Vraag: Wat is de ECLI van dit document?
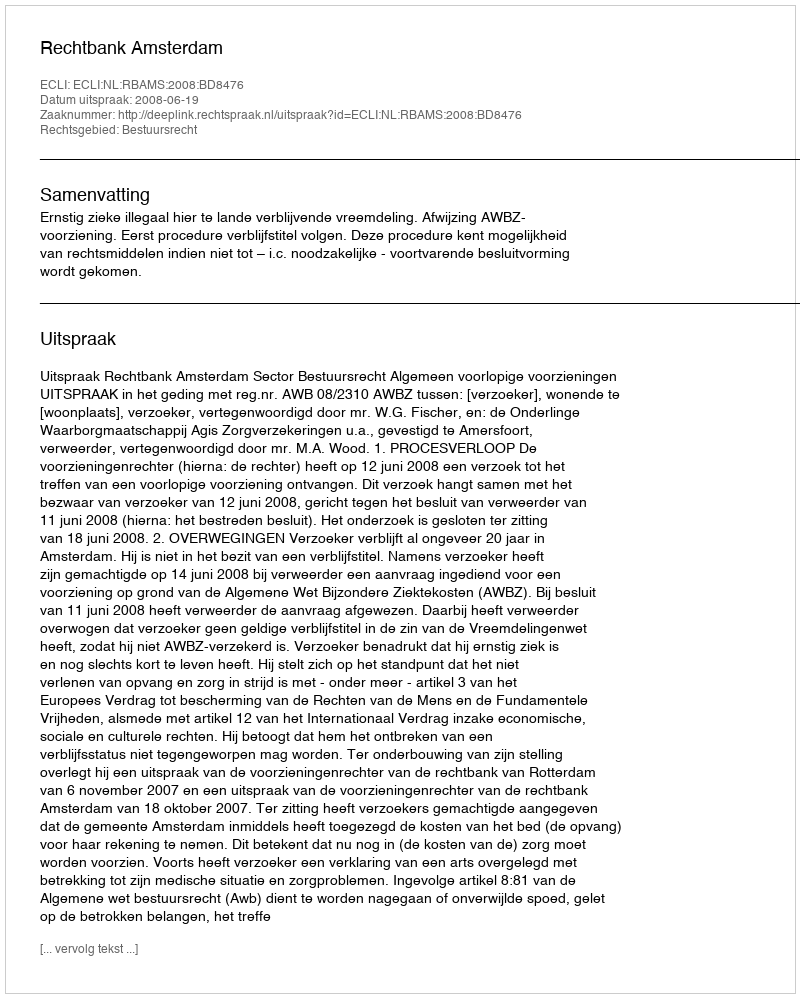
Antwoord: ECLI:NL:RBAMS:2008:BD8476